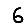
Digit: 6